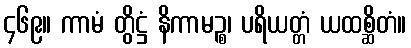
၄၆၉။ ကာမံ တွိဋ္ဌံ နိကာမဉ္စ၊ ပရိယတ္တံ ယထစ္ဆိတံ။